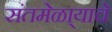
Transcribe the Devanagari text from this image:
संतमेळा्याचे